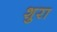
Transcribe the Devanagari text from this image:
शुरा